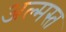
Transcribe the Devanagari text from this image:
अल्मस्त